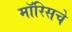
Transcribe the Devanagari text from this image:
मॉरिसचे